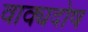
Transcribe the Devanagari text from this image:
वाक्यदोष